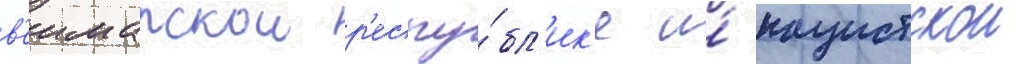
в'еимарскои р'еспу́бл'ик'е и́ нацистскои